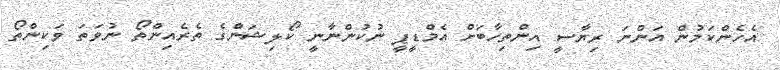
އެހެންކަމުން އަންނަ ރިޔާސީ އިންތިހާބަށް އެމްޑީޕީ ނުކުންނާނީ ކޯލިޝަންގެ ތެރެއިންތޯ ނުވަތަ ވަކިންތޯ